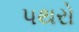
પથરો